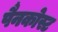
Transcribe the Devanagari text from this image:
पैनकोस्ट